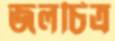
জলচিত্র